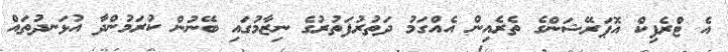
އެ ޓްރެފިކް އޮޕަރޭޝަންގެ ތެރެއިން އެއްގަމު ދަތުރުފަތުރުގެ ނިޒާމުގައި ބޭނުން ކުރަމުންދާ އުޅަނދުތައް